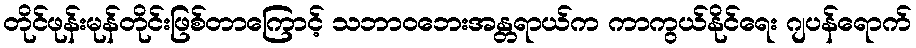
တိုင်ဖုန်းမုန်တိုင်းဖြစ်တာကြောင့် သဘာဝဘေးအန္တရာယ်က ကာကွယ်နိုင်ရေး ဂျပန်ရောက်